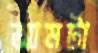
আমটা